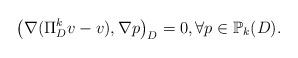
LaTeX: \begin{align*}\big(\nabla (\Pi_D^k v-v), \nabla p\big)_{D}=0, \forall p\in \mathbb{P}_k(D).\end{align*}